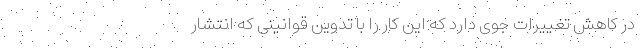
در کاهش تغییرات جوی دارد که این کار را با تدوین قوانینی که انتشار